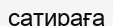
сатираға